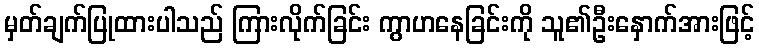
မှတ်ချက်ပြုထားပါသည် ကြားလိုက်ခြင်း ကွာဟနေခြင်းကို သူ၏ဦးနှောက်အားဖြင့်